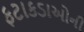
ફટાકડાઓની